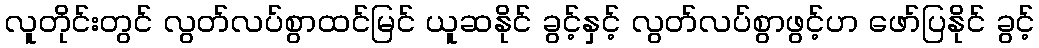
လူတိုင်းတွင် လွတ်လပ်စွာထင်မြင် ယူဆနိုင် ခွင့်နှင့် လွတ်လပ်စွာဖွင့်ဟ ဖော်ပြနိုင် ခွင့်